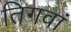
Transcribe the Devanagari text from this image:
तिगवां